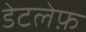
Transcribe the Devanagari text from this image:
डेटलेफ़